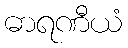
ဓာရဏီယံ